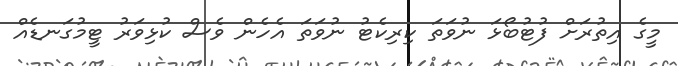
މީގެ އިތުރަށް ފުޓުބޯޅަ ނުވަތަ ކިރިކެޓު ނުވަތަ އެހެން ވެސް ކުޅިވަރު ޓީމުގަނޑެއް